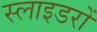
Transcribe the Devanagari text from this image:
स्लाइडरों